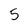
Character: 5